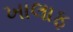
ખાલાફ